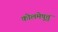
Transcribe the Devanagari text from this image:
कोलमेष़ुत्तु